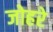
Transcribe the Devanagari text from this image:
जोहरे